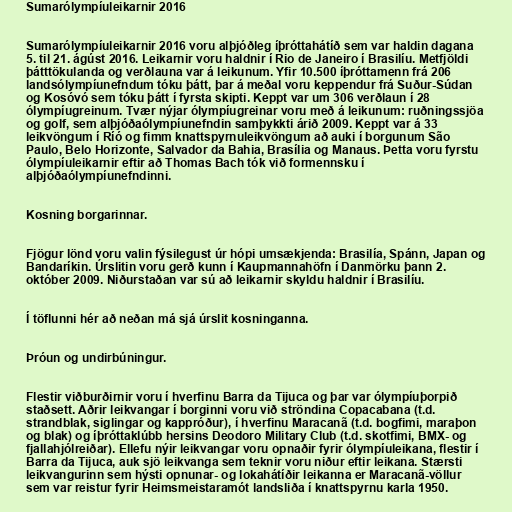
Sumarólympíuleikarnir 2016

Sumarólympíuleikarnir 2016 voru alþjóðleg íþróttahátíð sem var haldin dagana
5. til 21. ágúst 2016. Leikarnir voru haldnir í Rio de Janeiro í Brasilíu. Metfjöldi
þátttökulanda og verðlauna var á leikunum. Yfir 10.500 íþróttamenn frá 206
landsólympíunefndum tóku þátt, þar á meðal voru keppendur frá Suður-Súdan
og Kosóvó sem tóku þátt í fyrsta skipti. Keppt var um 306 verðlaun í 28
ólympíugreinum. Tvær nýjar ólympíugreinar voru með á leikunum: ruðningssjöa
og golf, sem alþjóðaólympíunefndin samþykkti árið 2009. Keppt var á 33
leikvöngum í Ríó og fimm knattspyrnuleikvöngum að auki í borgunum São
Paulo, Belo Horizonte, Salvador da Bahia, Brasília og Manaus. Þetta voru fyrstu
ólympíuleikarnir eftir að Thomas Bach tók við formennsku í
alþjóðaólympíunefndinni.

Kosning borgarinnar.

Fjögur lönd voru valin fýsilegust úr hópi umsækjenda: Brasilía, Spánn, Japan og
Bandaríkin. Úrslitin voru gerð kunn í Kaupmannahöfn í Danmörku þann 2.
október 2009. Niðurstaðan var sú að leikarnir skyldu haldnir í Brasilíu.

Í töflunni hér að neðan má sjá úrslit kosninganna.

Þróun og undirbúningur.

Flestir viðburðirnir voru í hverfinu Barra da Tijuca og þar var ólympíuþorpið
staðsett. Aðrir leikvangar í borginni voru við ströndina Copacabana (t.d.
strandblak, siglingar og kappróður), í hverfinu Maracanã (t.d. bogfimi, maraþon
og blak) og íþróttaklúbb hersins Deodoro Military Club (t.d. skotfimi, BMX- og
fjallahjólreiðar). Ellefu nýir leikvangar voru opnaðir fyrir ólympíuleikana, flestir í
Barra da Tijuca, auk sjö leikvanga sem teknir voru niður eftir leikana. Stærsti
leikvangurinn sem hýsti opnunar- og lokahátíðir leikanna er Maracanã-völlur
sem var reistur fyrir Heimsmeistaramót landsliða í knattspyrnu karla 1950.